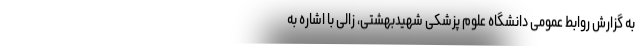
به گزارش روابط عمومی دانشگاه علوم پزشکی شهیدبهشتی، زالی با اشاره به